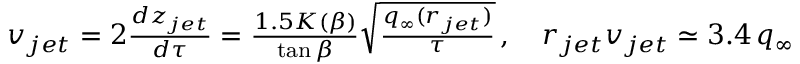
\begin{array} { r } { v _ { j e t } = 2 \frac { d z _ { j e t } } { d \tau } = \frac { 1 . 5 K ( \beta ) } { \tan \beta } \sqrt { \frac { q _ { \infty } ( r _ { j e t } ) } { \tau } } \, , \quad r _ { j e t } v _ { j e t } \simeq 3 . 4 \, q _ { \infty } \, } \end{array}